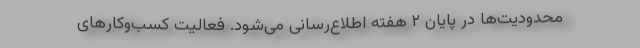
محدودیت‌ها در پایان ۲ هفته اطلاع‌رسانی می‌شود. فعالیت کسب‌و‌کارهای